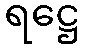
ရဋ္ဌေ